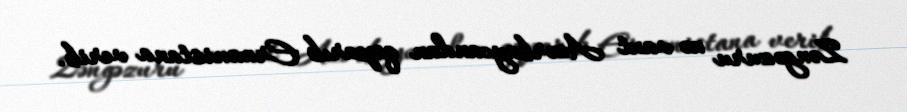
Zəngəzuru nə vaxt Azərbaycandan qoparıb Ermənistana verib.